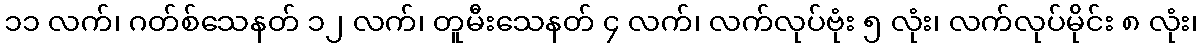
၁၁ လက်၊ ဂတ်စ်သေနတ် ၁၂ လက်၊ တူမီးသေနတ် ၄ လက်၊ လက်လုပ်ဗုံး ၅ လုံး၊ လက်လုပ်မိုင်း ၈ လုံး၊